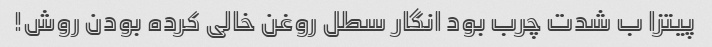
پیتزا ب شدت چرب بود انگار سطل روغن خالی کرده بودن روش!